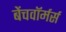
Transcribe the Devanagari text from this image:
बेंचवॉर्मर्स